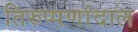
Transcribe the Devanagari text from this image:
तिरुप्पणांदाल